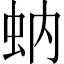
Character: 蚋